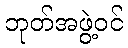
ဘုတ်အဖွဲ့ဝင်